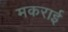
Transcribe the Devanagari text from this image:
मकराई